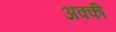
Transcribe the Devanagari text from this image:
अक्की